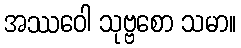
အဿဝေါ သုဗ္ဗစော သမာ။